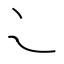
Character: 𬻿